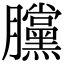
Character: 𣎲